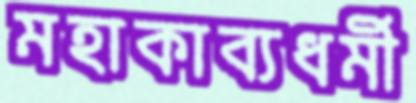
মহাকাব্যধর্মী